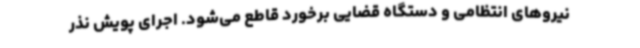
نیروهای انتظامی و دستگاه قضایی برخورد قاطع می‌شود. اجرای پویش نذر